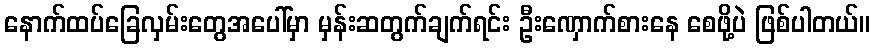
နောက်ထပ်ခြေလှမ်းတွေအပေါ်မှာ မှန်းဆတွက်ချက်ရင်း ဦးဏှောက်စားနေ စေဖို့ပဲ ဖြစ်ပါတယ်။